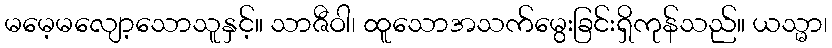
မမေ့မလျော့သောသူနှင့်။ သာဇီဝါ၊ ထူသောအသက်မွေးခြင်းရှိကုန်သည်။ ယသ္မာ၊